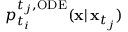
p _ { t _ { i } } ^ { t _ { j } , \mathrm { O D E } } ( \mathbf { x } | \, \mathbf { x } _ { t _ { j } } )